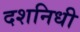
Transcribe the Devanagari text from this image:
दशनिधी